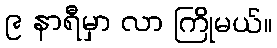
၉ နာရီမှာ လာ ကြိုမယ်။